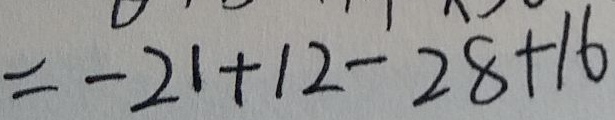
= - 2 1 + 1 2 - 2 8 + 1 6